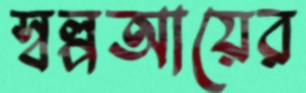
স্বল্পআয়ের